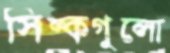
সিল্কগুলো